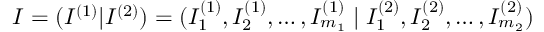
I = ( I ^ { ( 1 ) } | I ^ { ( 2 ) } ) = ( I _ { 1 } ^ { ( 1 ) } , I _ { 2 } ^ { ( 1 ) } , \ldots , I _ { m _ { 1 } } ^ { ( 1 ) } \; | \; I _ { 1 } ^ { ( 2 ) } , I _ { 2 } ^ { ( 2 ) } , \ldots , I _ { m _ { 2 } } ^ { ( 2 ) } )